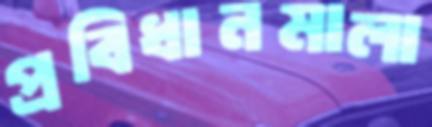
প্রবিধানমালা